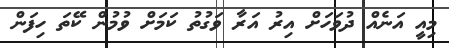
މިއީ އަނެއް ދުވަހަށް އިރު އަރާ ވަގުތު ކަމަށް ވުމުން ކޭތަ ހިފަން